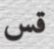
قس